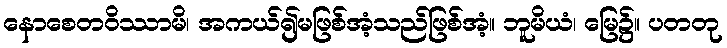
နောစေတဝိဿာမိ၊ အကယ်၍မဖြစ်အံ့သည်ဖြစ်အံ့။ ဘူမိယံ၊ မြေ၌။ ပတတု